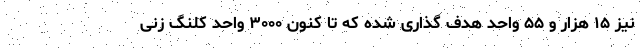
نیز ۱۵ هزار و ۵۵ واحد هدف گذاری شده که تا کنون ۳۰۰۰ واحد کلنگ زنی